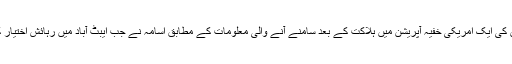
پاکستانی شہر ایبٹ آباد میں اسامہ بن لادن کی ایک امریکی خفیہ آپریشن میں ہلاکت کے بعد سامنے آنے والی معلومات کے مطابق اسامہ نے جب ایبٹ آباد میں رہائش اختیار کی اس وقت پرویز مشرف حکمران تھے۔